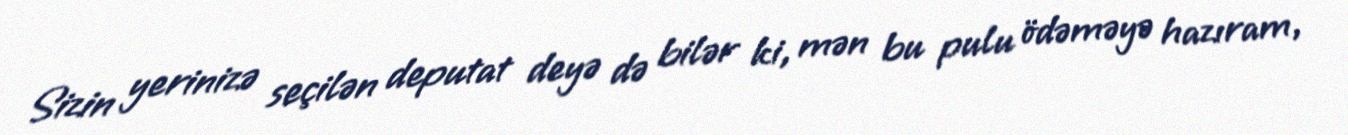
Sizin yerinizə seçilən deputat deyə də bilər ki, mən bu pulu ödəməyə hazıram,